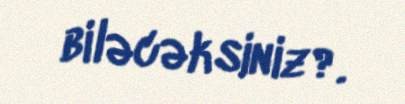
biləcəksiniz?.